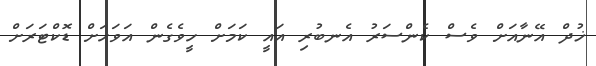
ޚުދް އޭނާއަށް ވެސް ކެންސަރު އެނބުރި އައީ ކަމަށް ހީވެގެން އަވަހަށް ޑޮކްޓަރަށް